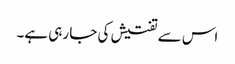
اس سے تفتیش کی جا رہی ہے۔